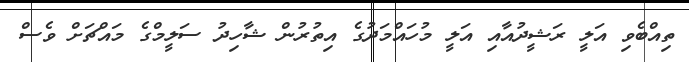
ތިއްބެވި އަލީ ރަޝީދުއާއި އަލީ މުހައްމަދުގެ އިތުުރުން ޝާހިދު ސަލީމްގެ މައްޗަށް ވެސް